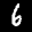
Label: 6